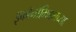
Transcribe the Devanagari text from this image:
इकॉनॉमिक्सच्या